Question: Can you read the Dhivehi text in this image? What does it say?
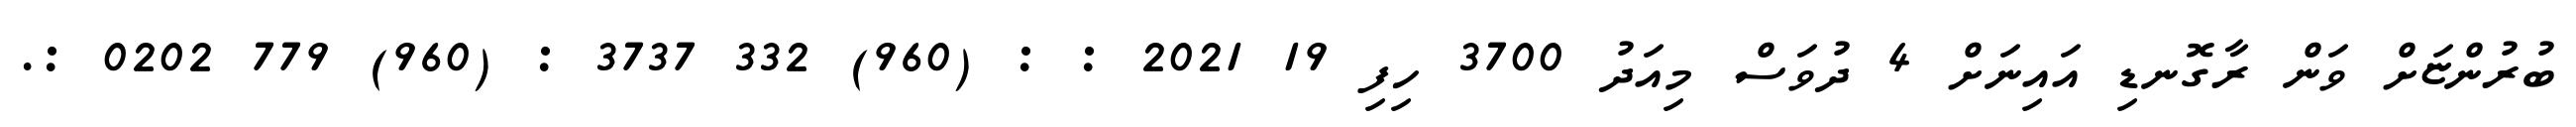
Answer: ބުރުންޏަށް ވަން ރާގޮނޑި އައިނަށް 4 ދުވަސް މިއަދު 3700 ހިފި 19 2021 : : (960) 332 3737 : (960) 779 0202 :.